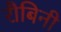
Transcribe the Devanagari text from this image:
रौबिनी